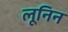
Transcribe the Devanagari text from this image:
लूनिन